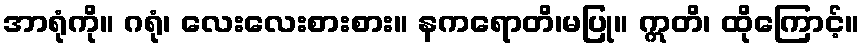
အာရုံကို။ ဂရုံ၊ လေးလေးစားစား။ နကရောတိ၊မပြု။ ဣတိ၊ ထိုကြောင့်။